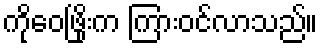
ကိုဝေဖြိုးက ကြားဝင်လာသည်။